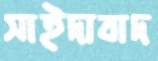
সাইদাবাদ